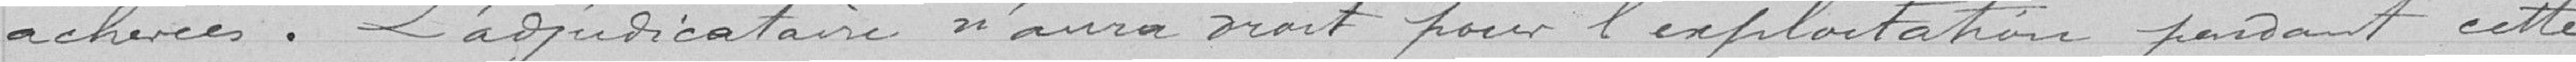
achevées. L’adjudicataire n'aura doit pour l'exploitation pendant cette